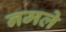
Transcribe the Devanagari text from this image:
नमले